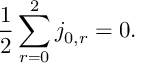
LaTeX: { \frac { 1 } { 2 } } \sum _ { r = 0 } ^ { 2 } j _ { 0 , r } = 0 .